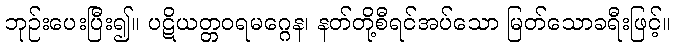
ဘုဉ်းပေးပြီး၍။ ပဋိယတ္တဝရမဂ္ဂေန၊ နတ်တို့စီရင်အပ်သော မြတ်သောခရီးဖြင့်။